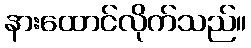
နားထောင်လိုက်သည်။